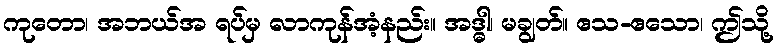
ကုတော၊ အဘယ်အ ရပ်မှ လာကုန်အံ့နည်း။ အဒ္ဓါ၊ မချွတ်။ ဧသ-ဧသော၊ ဤသို့